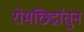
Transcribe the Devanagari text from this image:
रोमछिद्रांतुन